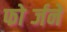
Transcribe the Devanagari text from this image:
फोर्ब्जने